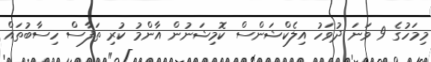
މިމަހުގެ 9 ވަނަ ދުވަހު އިލެކްޝަންސް ކޮމިޝަނުން އާންމު ކުރި ތަފާސް ހިސާބުތައް